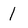
Character: 1